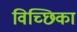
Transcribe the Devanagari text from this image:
विच्छिका